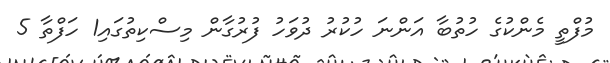
މުފްތީ މެންކުގެ ހުތުބާ އަންނަ ހުކުރު ދުވަހު ފުރުގާން މިސްކިތުގައި1 ހަފްތާ 5